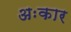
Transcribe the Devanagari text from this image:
अःकार